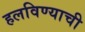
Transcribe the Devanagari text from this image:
हलविण्याची